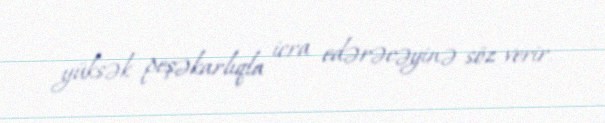
yüksək peşəkarlıqla icra edərəcəyinə söz verir.